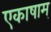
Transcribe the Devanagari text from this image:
एकाषाम्